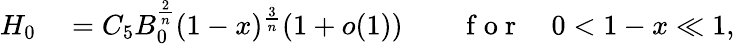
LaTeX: \begin{array}{rlrl}{H_{0}}&{{}=C_{5}B_{0}^{\frac 2n}(1-x)^{\frac 3n}(1+o(1))}&{}&{{}\mathrm{~f~o~r~}\quad 0<1-x\ll 1,}\end{array}